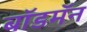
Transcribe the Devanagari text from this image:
बॉडमॅन